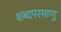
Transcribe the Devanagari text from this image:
शब्दपरमाणु